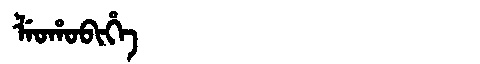
Manchu: ᠯᡝᠣᡥᠣᠪᡳᡥᡝ
Romanization: LEOHOBIHE